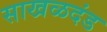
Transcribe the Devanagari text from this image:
साखळदंड